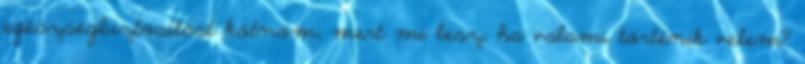
egészségbiztosítást kötnöm, mert mi lesz, ha valami történik velem?